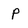
Character: p